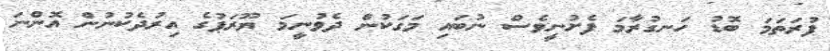
ފުރަތަމަ ބޮޑު ހަނގުރާމަ ފެށުނީވެސް ނުބައި މަގަކުން ދެވުނީމަ ޔޫރަޕުގެ އިރުދެކުނުން އޮންނަ